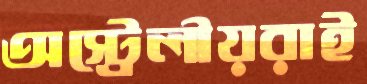
অস্ট্রেলীয়রাই